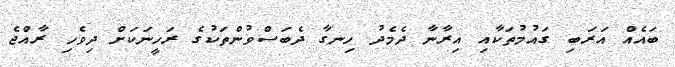
ބައެއް އަރަބި ގައުމުތަކާއި އިރާނާ ދެމެދު ހިނގާ ދެބަސްވުންތަކުގެ ރަހީނަކަށް ދިވެހި ރާއްޖެ